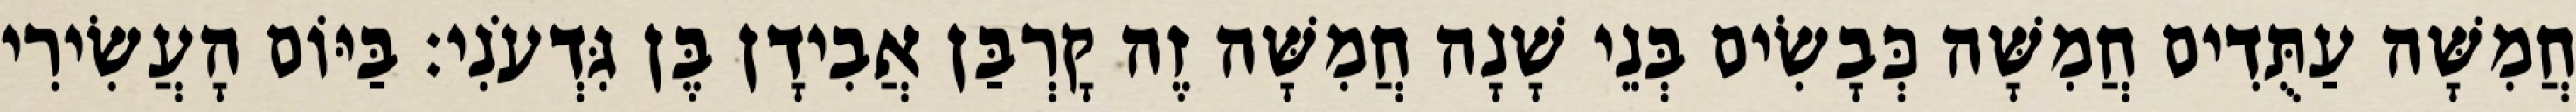
חֲמִשָּׁה עַתֻּדִים חֲמִשָּׁה כְּבָשִׂים בְּנֵי שָׁנָה חֲמִשָּׁה זֶה קָרְבַּן אֲבִידָן בֶּן גִּדְעֹנִי׃ בַּיּוֹם הָעֲשִׂירִי